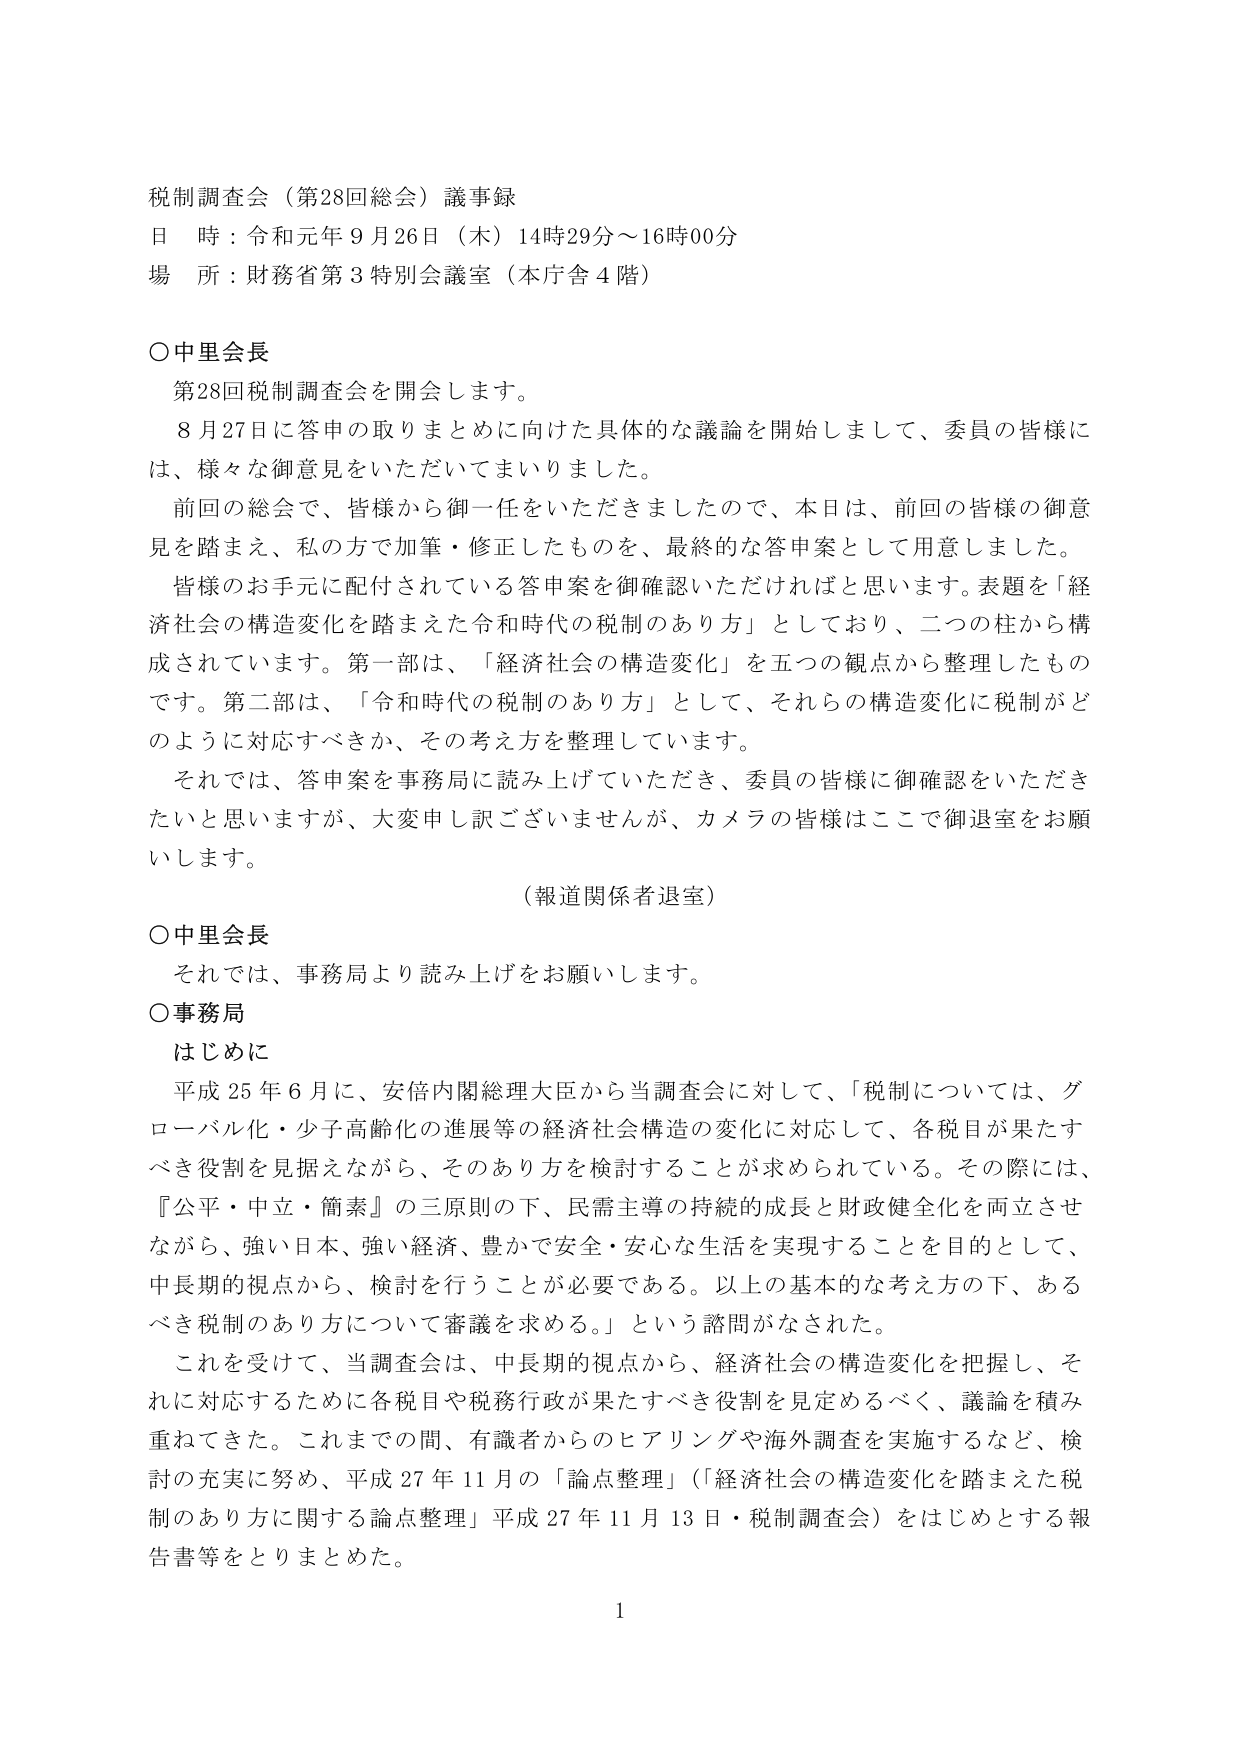
税制調査会（第28回総会）議事録
日 時：令和元年９月26日（木）14時29分～16時00分
場 所：財務省第3特別会議室（本庁舎4階）

○中里会長
　第28回税制調査会を開会します。
　8月27日に答申の取りまとめに向けた具体的な議論を開始しまして、委員の皆様には、様々な御意見をいただいてまいりました。
　前回の総会で、皆様から御一任をいただきましたので、本日は、前回の皆様の御意見を踏まえ、私の方で加筆・修正したものを、最終的な答申案として用意しました。
　皆様のお手元に配付されている答申案を御確認いただければと思います。表題を「経済社会の構造変化を踏まえた令和時代の税制のあり方」としており、二つの柱から構成されています。第一部は、「経済社会の構造変化」を五つの観点から整理したものです。第二部は、「令和時代の税制のあり方」として、それらの構造変化に税制がどのように対応すべきか、その考え方を整理しています。
　それでは、答申案を事務局に読み上げていただき、委員の皆様に御確認をいただきたいと思いますが、大変申し訳ございませんが、カメラの皆様はここで御退室をお願いします。

（報道関係者退室）

○中里会長
　それでは、事務局より読み上げをお願いします。

○事務局
　はじめに
　平成25年6月に、安倍内閣総理大臣から当調査会に対して、「税制については、グローバル化・少子高齢化の進展等の経済社会構造の変化に対応して、各税目が果たすべき役割を見据えながら、そのあり方を検討することが求められている。その際には、『公平・中立・簡素』の三原則の下、民需主導の持続的成長と財政健全化を両立させながら、強い日本、強い経済、豊かで安全・安心な生活を実現することを目的として、中長期的視点から、検討を行うことが必要である。以上の基本的な考え方の下、あるべき税制のあり方について審議を求める。」という諮問がなされた。
　これを受けて、当調査会は、中長期的視点から、経済社会の構造変化を把握し、それに対応するために各税目や税務行政が果たすべき役割を見定めるべく、議論を積み重ねてきた。これまでの間、有識者からのヒアリングや海外調査を実施するなど、検討の充実に努め、平成27年11月の「論点整理」（「経済社会の構造変化を踏まえた税制のあり方に関する論点整理」平成27年11月13日・税制調査会）をはじめとする報告書等をとりまとめた。

1